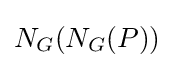
N_{G}(N_{G}(P))